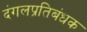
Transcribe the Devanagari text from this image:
दंगलप्रतिबंधक